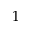
1